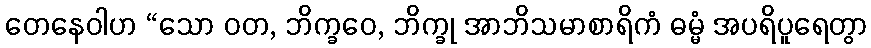
တေနေဝါဟ “သော ဝတ, ဘိက္ခဝေ, ဘိက္ခု အာဘိသမာစာရိကံ ဓမ္မံ အပရိပူရေတွာ